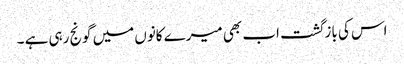
اس کی بازگشت اب بھی میرے کانوں میں گونج رہی ہے ۔